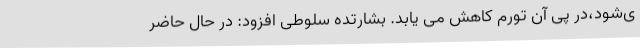
ی‌شود،در پی آن تورم کاهش می یابد. بشارتده سلوطی افزود: در حال حاضر